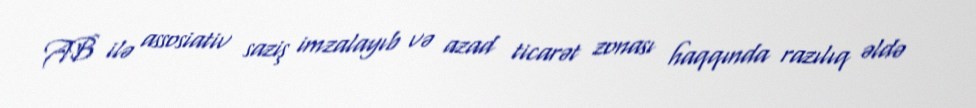
AB ilə assosiativ saziş imzalayıb və azad ticarət zonası haqqında razılıq əldə